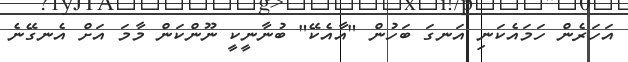
އަހަރެން ހަމައެކަނި އަނގަ ބަހުން "އާއެކޭ" ބުނާނީކީ ނޫންކަން މާމަ އަށް އެނގޭނެ